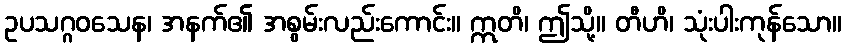
ဥပသဂ္ဂဝသေန၊ အနက်၏ အစွမ်းလည်းကောင်း။ ဣတိ၊ ဤသို့။ တီဟိ၊ သုံးပါးကုန်သော။